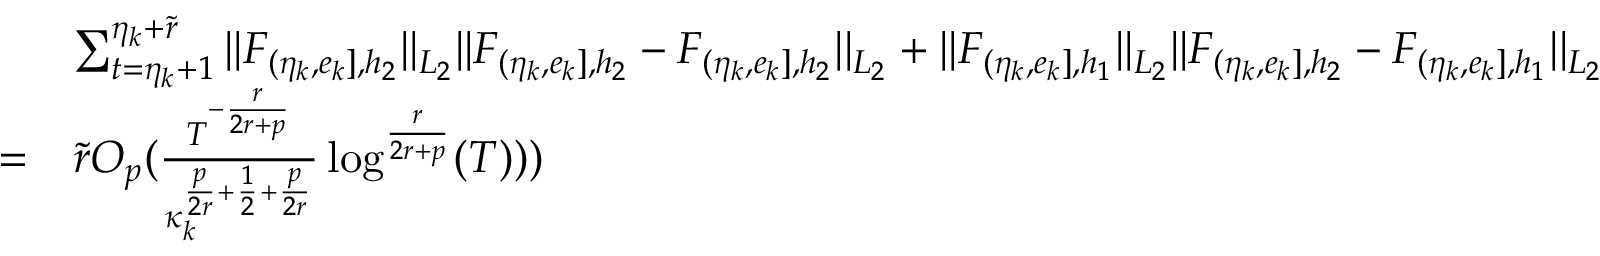
\begin{array} { r l } & { \sum _ { t = \eta _ { k } + 1 } ^ { \eta _ { k } + \widetilde { r } } \vert \vert F _ { ( \eta _ { k } , e _ { k } ] , { h _ { 2 } } } \vert \vert _ { L _ { 2 } } \vert \vert F _ { ( \eta _ { k } , e _ { k } ] , { h _ { 2 } } } - F _ { ( \eta _ { k } , e _ { k } ] , { h _ { 2 } } } \vert \vert _ { L _ { 2 } } + \vert \vert F _ { ( \eta _ { k } , e _ { k } ] , { h _ { 1 } } } \vert \vert _ { L _ { 2 } } \vert \vert F _ { ( \eta _ { k } , e _ { k } ] , { h _ { 2 } } } - F _ { ( \eta _ { k } , e _ { k } ] , { h _ { 1 } } } \vert \vert _ { L _ { 2 } } } \\ { = } & { \widetilde { r } O _ { p } ( \frac { T ^ { - \frac { r } { 2 r + p } } } { \kappa _ { k } ^ { \frac { p } { 2 r } + \frac { 1 } { 2 } + \frac { p } { 2 r } } } \log ^ { \frac { r } { 2 r + p } } ( T ) ) ) } \end{array}